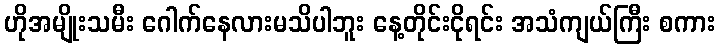
ဟိုအမျိုးသမီး ဂေါက်နေလားမသိပါဘူး နေ့တိုင်းငိုရင်း အသံကျယ်ကြီး စကား